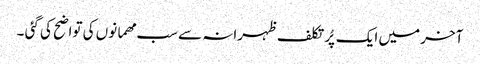
آخر میں ایک پُر تکلف ظہرانہ سے سب مھمانوں کی تواضح کی گئی ۔